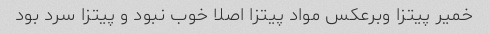
خمیر پیتزا وبرعکس مواد پیتزا اصلا خوب نبود و پیتزا سرد بود